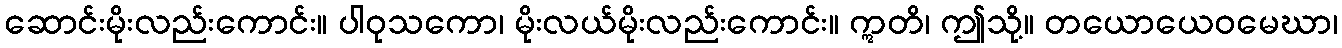
ဆောင်းမိုးလည်းကောင်း။ ပါဝုသကော၊ မိုးလယ်မိုးလည်းကောင်း။ ဣတိ၊ ဤသို့။ တယောယေဝမေဃာ၊